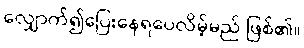
လျှောက်၍ပြေးနေရပေလိမ့်မည် ဖြစ်၏။